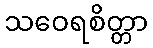
သဝေရစိတ္တာ